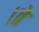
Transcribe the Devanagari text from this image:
।ते